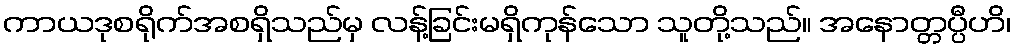
ကာယဒုစရိုက်အစရှိသည်မှ လန့်ခြင်းမရှိကုန်သော သူတို့သည်။ အနောတ္တပ္ပီဟိ၊